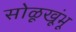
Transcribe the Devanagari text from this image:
सोळूखूंभू